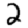
Digit: 2